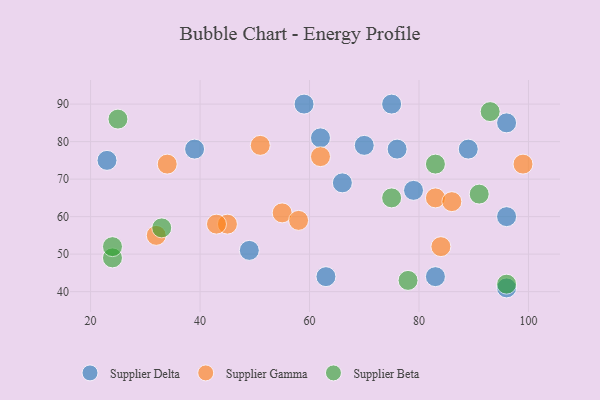
{"axis": {"x": "GDP", "y": "Life Expectancy"}, "legend": ["Supplier Beta", "Supplier Delta", "Supplier Gamma"], "data": [{"x": "63", "y": 44, "type": "Supplier Delta"}, {"x": "96", "y": 85, "type": "Supplier Delta"}, {"x": "59", "y": 90, "type": "Supplier Delta"}, {"x": "96", "y": 60, "type": "Supplier Delta"}, {"x": "89", "y": 78, "type": "Supplier Delta"}, {"x": "76", "y": 78, "type": "Supplier Delta"}, {"x": "83", "y": 44, "type": "Supplier Delta"}, {"x": "79", "y": 67, "type": "Supplier Delta"}, {"x": "39", "y": 78, "type": "Supplier Delta"}, {"x": "62", "y": 81, "type": "Supplier Delta"}, {"x": "49", "y": 51, "type": "Supplier Delta"}, {"x": "96", "y": 41, "type": "Supplier Delta"}, {"x": "75", "y": 90, "type": "Supplier Delta"}, {"x": "70", "y": 79, "type": "Supplier Delta"}, {"x": "66", "y": 69, "type": "Supplier Delta"}, {"x": "23", "y": 75, "type": "Supplier Delta"}, {"x": "34", "y": 74, "type": "Supplier Gamma"}, {"x": "55", "y": 61, "type": "Supplier Gamma"}, {"x": "58", "y": 59, "type": "Supplier Gamma"}, {"x": "62", "y": 76, "type": "Supplier Gamma"}, {"x": "32", "y": 55, "type": "Supplier Gamma"}, {"x": "45", "y": 58, "type": "Supplier Gamma"}, {"x": "83", "y": 65, "type": "Supplier Gamma"}, {"x": "86", "y": 64, "type": "Supplier Gamma"}, {"x": "43", "y": 58, "type": "Supplier Gamma"}, {"x": "51", "y": 79, "type": "Supplier Gamma"}, {"x": "84", "y": 52, "type": "Supplier Gamma"}, {"x": "99", "y": 74, "type": "Supplier Gamma"}, {"x": "83", "y": 74, "type": "Supplier Beta"}, {"x": "75", "y": 65, "type": "Supplier Beta"}, {"x": "91", "y": 66, "type": "Supplier Beta"}, {"x": "24", "y": 49, "type": "Supplier Beta"}, {"x": "25", "y": 86, "type": "Supplier Beta"}, {"x": "33", "y": 57, "type": "Supplier Beta"}, {"x": "93", "y": 88, "type": "Supplier Beta"}, {"x": "96", "y": 42, "type": "Supplier Beta"}, {"x": "78", "y": 43, "type": "Supplier Beta"}, {"x": "24", "y": 52, "type": "Supplier Beta"}]}